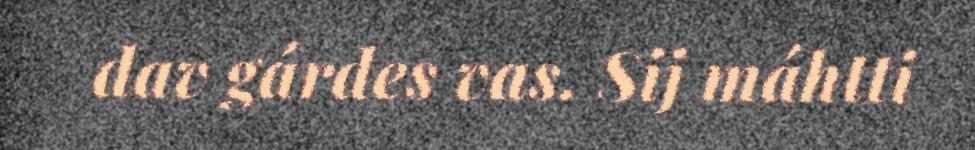
dav gárdes vas. Sij máhtti